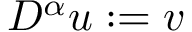
D ^ { \alpha } u : = v